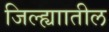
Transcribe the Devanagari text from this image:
जिल्ह्याातील